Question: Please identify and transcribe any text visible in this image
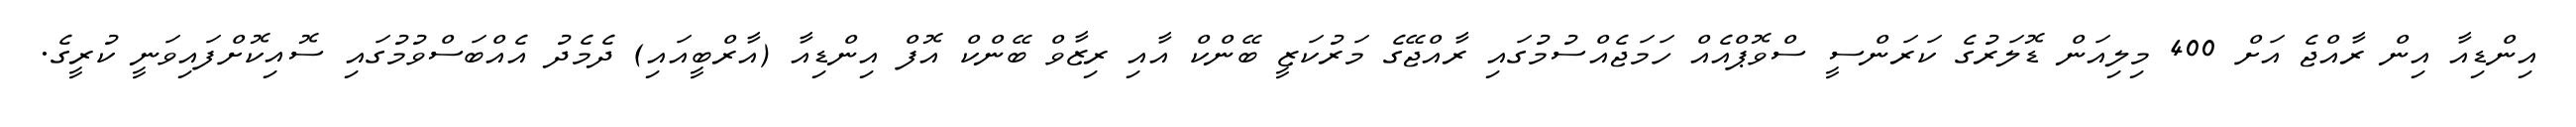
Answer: އިންޑިއާ އިން ރާއްޖެ އަށް 400 މިލިއަން ޑޮލަރުގެ ކަރަންސީ ސްވޮޕްއެއް ހަމަޖެއްސުމުގައި ރާއްޖޭގެ މަރުކަޒީ ބޭންކް އާއި ރިޒާވް ބޭންކް އޮފް އިންޑިއާ (އާރްބީއައި) ދެމެދު އެއްބަސްވުމުގައި ސޮއިކޮށްފައިވަނީ ކުރީގެ.